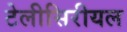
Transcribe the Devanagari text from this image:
टेलीसिरीयल